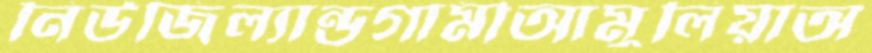
নিউজিল্যান্ডগামীআমুলিয়াঅ